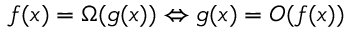
f ( x ) = \Omega ( g ( x ) ) \Leftrightarrow g ( x ) = O ( f ( x ) )